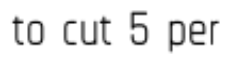
to cut 5 per